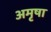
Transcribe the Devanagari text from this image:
अमृषा